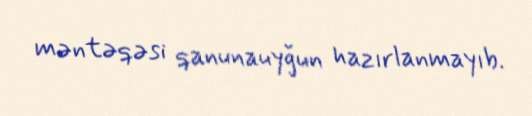
məntəqəsi qanunauyğun hazırlanmayıb.